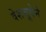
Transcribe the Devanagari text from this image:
वेशभूषेने